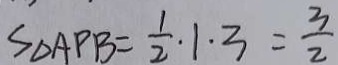
S _ { \Delta A P B } = \frac { 1 } { 2 } \cdot 1 \cdot 3 = \frac { 3 } { 2 }